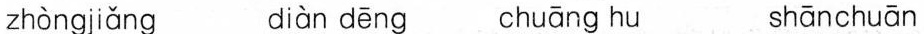
zhòngjiǎng diàn dēng chuāng hu shānchuān